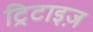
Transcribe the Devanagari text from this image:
ट्रिटाइज़